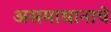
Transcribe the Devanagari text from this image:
असमाधानाचे